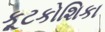
કૂટકોશિકા